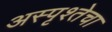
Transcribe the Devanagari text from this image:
अस्पृश्तेचा